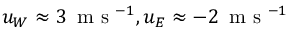
u _ { W } \approx 3 \, \mathrm { ~ m ~ s ~ } ^ { - 1 } , u _ { E } \approx - 2 \, \mathrm { ~ m ~ s ~ } ^ { - 1 }